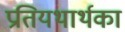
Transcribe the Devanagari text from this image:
प्रतियथार्थका